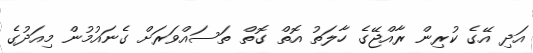
އަދި އޭގެ ކުރިން ރާއްޖޭގެ ހާލަތު އޮތް ގޮތް ތަސައްވަރަށް ގެނައުމުން މިއަދުގެ